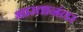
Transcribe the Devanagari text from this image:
भारतानंतर